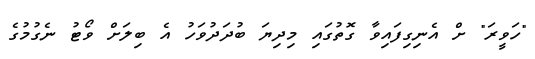
"ހަވީރަ" ށް އެނިގިފައިވާ ގޮތުގައި މިދިޔަ ބުދަދުވަހު އެ ބިލަށް ވޯޓު ނެގުމުގެ